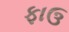
ફાઉ